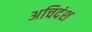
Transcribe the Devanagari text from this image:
अचिदंश